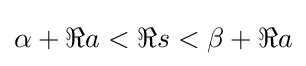
\alpha +\Re a<\Re s<\beta +\Re a